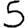
Digit: 5